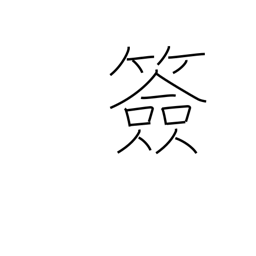
Meaning: signature